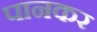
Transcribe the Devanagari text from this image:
पानकर